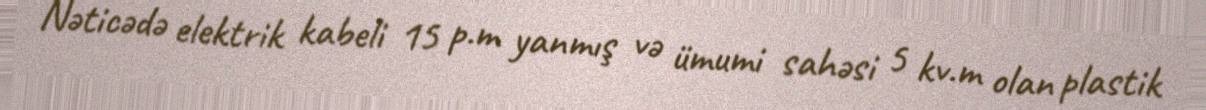
Nəticədə elektrik kabeli 15 p.m yanmış və ümumi sahəsi 5 kv.m olan plastik